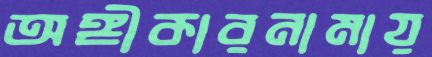
অঙ্গীকারনামায়